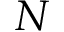
N